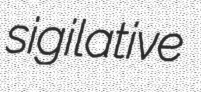
sigilative